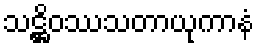
သဋ္ဌိဝဿသတာယုကာနံ